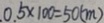
0 . 5 \times 1 0 0 = 5 0 ( m )